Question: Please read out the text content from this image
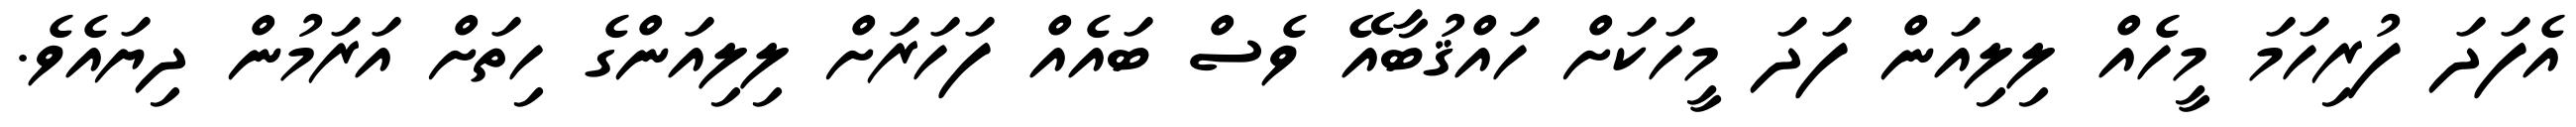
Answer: އެފަދަ ފުރިހަމަ މީހެއް ލިލިއަން ފަދަ މީހަކަށް ހައްޤުބާއޭ ވެސް ބައެއް ފަހަރަށް ލިލިއަންގެ ހިތަށް އަރަމުން ދިޔައެވެ.